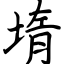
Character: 堶